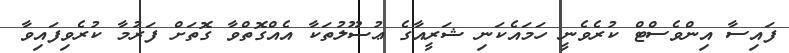
ފައިސާ އިންވެސްޓް ކުރެވެނީ ހަމައެކަނި ޝަރީއާގެ ޢުޞޫލުތަކާ އެއްގޮތްވާ ގޮތަށް ފަރުމާ ކުރެވިފައިވާ